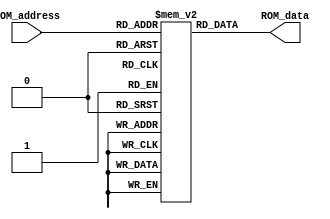
`timescale 1ns / 1ps

module ROM(ROM_address,
			  ROM_data
    );

input [7:0] ROM_address;
output [7:0] ROM_data;

	reg [7:0] Cel [255:0];

		initial begin
	
		Cel[0] = 8'b00000000;
// Calculate Image Full Size
Cel[1] = 8'b00000001;
Cel[2] = 8'b00000000;
Cel[3] = 8'b00001101;
Cel[4] = 8'b10010001;
Cel[5] = 8'b00000100;
Cel[6] = 8'b00000001;
Cel[7] = 8'b00000000;
Cel[8] = 8'b00001110;
Cel[9] = 8'b00001101;
Cel[10] = 8'b00000010;
Cel[11] = 8'b00000000;
Cel[12] = 8'b00000000;
//Image Processing Start
Cel[13] = 8'b00000001;
Cel[14] = 8'b00000000;
Cel[15] = 8'b00000011;
Cel[16] = 8'b00000010;
Cel[17] = 8'b00000000;
Cel[18] = 8'b00000100;
Cel[19] = 8'b00000010;
Cel[20] = 8'b00000000;
Cel[21] = 8'b00000101;
Cel[22] = 8'b00000001;
Cel[23] = 8'b00000000;
Cel[24] = 8'b00001001;
Cel[25] = 8'b00000100;
Cel[26] = 8'b00000001;
Cel[27] = 8'b00000000;
Cel[28] = 8'b00000010;
Cel[29] = 8'b00000101;
Cel[30] = 8'b00000001;
Cel[31] = 8'b00000000;
Cel[32] = 8'b00000011;
Cel[33] = 8'b00001111;
Cel[34] = 8'b00001110;
Cel[35] = 8'b00000010;
Cel[36] = 8'b00000000;
Cel[37] = 8'b00000110;
Cel[38] = 8'b00000001;
Cel[39] = 8'b00000000;
Cel[40] = 8'b00000000;
Cel[41] = 8'b00000100;
Cel[42] = 8'b00000001;
Cel[43] = 8'b00000000;
Cel[44] = 8'b00000011;
Cel[45] = 8'b00001101;
Cel[46] = 8'b00000010;
Cel[47] = 8'b00000000;
Cel[48] = 8'b00000111;
Cel[49] = 8'b00000001;
Cel[50] = 8'b00000000;
Cel[51] = 8'b00000001;
Cel[52] = 8'b00000100;
Cel[53] = 8'b00000001;
Cel[54] = 8'b00000000;
Cel[55] = 8'b00000111;
Cel[56] = 8'b00001110;
Cel[57] = 8'b00001110;
Cel[58] = 8'b00000010;
Cel[59] = 8'b00000000;
Cel[60] = 8'b00001000;

//Start Of First Loop

Cel[61] = 8'b00001000;
Cel[62] = 8'b00000000;
Cel[63] = 8'b00000101;
Cel[64] = 8'b00001010;
Cel[65] = 8'b00000100;
Cel[66] = 8'b00000001;
Cel[67] = 8'b00000000;
Cel[68] = 8'b00000101;
Cel[69] = 8'b00001100;
Cel[70] = 8'b00000010;
Cel[71] = 8'b00000000;
Cel[72] = 8'b00000101;
Cel[73] = 8'b00001000;
Cel[74] = 8'b00000000;
Cel[75] = 8'b00000101;
Cel[76] = 8'b00001011;
Cel[77] = 8'b00001101;
Cel[78] = 8'b00000100;
Cel[79] = 8'b00000001;
Cel[80] = 8'b00000000;
Cel[81] = 8'b00000101;
Cel[82] = 8'b00001100;
Cel[83] = 8'b00000010;
Cel[84] = 8'b00000000;
Cel[85] = 8'b00000101;
Cel[86] = 8'b00001000;
Cel[87] = 8'b00000000;
Cel[88] = 8'b00000101;
Cel[89] = 8'b00001010;
Cel[90] = 8'b00001101;
Cel[91] = 8'b00001001;
Cel[92] = 8'b00000000;
Cel[93] = 8'b00000100;
Cel[94] = 8'b00000001;
Cel[95] = 8'b00000000;
Cel[96] = 8'b00000100;
Cel[97] = 8'b00001100;
Cel[98] = 8'b00000010;
Cel[99] = 8'b00000000;
Cel[100] = 8'b00000100;
Cel[101] = 8'b00000010;
Cel[102] = 8'b00000000;
Cel[103] = 8'b00000101;
Cel[104] = 8'b00000100;
Cel[105] = 8'b00000001;
Cel[106] = 8'b00000000;
Cel[107] = 8'b00000110;
Cel[108] = 8'b00001110;
Cel[109] = 8'b00000111;
Cel[110] = 8'b00111101;
//ROW wise
Cel[111] = 8'b00000001;
Cel[112] = 8'b00000000;
Cel[113] = 8'b00000110;
Cel[114] = 8'b00001111;
Cel[115] = 8'b00000010;
Cel[116] = 8'b00000000;
Cel[117] = 8'b00000110;
Cel[118] = 8'b00000001;
Cel[119] = 8'b00000000;
Cel[120] = 8'b00000100;
Cel[121] = 8'b00001100;
Cel[122] = 8'b00001100;
Cel[123] = 8'b00000010;
Cel[124] = 8'b00000000;
Cel[125] = 8'b00000100;
Cel[126] = 8'b00000010;
Cel[127] = 8'b00000000;
Cel[128] = 8'b00000101;
Cel[129] = 8'b00000100;
Cel[130] = 8'b00000001;
Cel[131] = 8'b00000000;
Cel[132] = 8'b00000111;
Cel[133] = 8'b00001110;
Cel[134] = 8'b00000111;
Cel[135] = 8'b00111101;
/*************END of LOOP_1*******************************/
Cel[136] = 8'b00000001;
Cel[137] = 8'b00000000;
Cel[138] = 8'b00000011;
Cel[139] = 8'b00000010;
Cel[140] = 8'b00000000;
Cel[141] = 8'b00000100;
Cel[142] = 8'b00000010;
Cel[143] = 8'b00000000;
Cel[144] = 8'b00000101;
Cel[145] = 8'b00000001;
Cel[146] = 8'b00000000;
Cel[147] = 8'b00001001;
Cel[148] = 8'b00000100;
Cel[149] = 8'b00000001;
Cel[150] = 8'b00000000;
Cel[151] = 8'b00000010;
Cel[152] = 8'b00000101;
Cel[153] = 8'b00000001;
Cel[154] = 8'b00000000;
Cel[155] = 8'b00000011;
Cel[156] = 8'b00001111;
Cel[157] = 8'b00001110;
Cel[158] = 8'b00000010;
Cel[159] = 8'b00000000;
Cel[160] = 8'b00000110;
/**********Start of LOOP_2******************/
Cel[161] = 8'b00001000;
Cel[162] = 8'b00000000;
Cel[163] = 8'b00000101;
Cel[164] = 8'b00001010;
Cel[165] = 8'b00000100;
Cel[166] = 8'b00000001;
Cel[167] = 8'b00000000;
Cel[168] = 8'b00000101;
Cel[169] = 8'b00001111;
Cel[170] = 8'b00000010;
Cel[171] = 8'b00000000;
Cel[172] = 8'b00000101;
Cel[173] = 8'b00001000;
Cel[174] = 8'b00000000;
Cel[175] = 8'b00000101;
Cel[176] = 8'b00001011;
Cel[177] = 8'b00001101;
Cel[178] = 8'b00000100;
Cel[179] = 8'b00000001;
Cel[180] = 8'b00000000;
Cel[181] = 8'b00000101;
Cel[182] = 8'b00001111;
Cel[183] = 8'b00000010;
Cel[184] = 8'b00000000;
Cel[185] = 8'b00000101;
Cel[186] = 8'b00001000;
Cel[187] = 8'b00000000;
Cel[188] = 8'b00000101;
Cel[189] = 8'b00001010;
Cel[190] = 8'b00001101;
Cel[191] = 8'b00001001;
Cel[192] = 8'b00000000;
Cel[193] = 8'b00000100;
Cel[194] = 8'b00000001;
Cel[195] = 8'b00000000;
Cel[196] = 8'b00000100;
Cel[197] = 8'b00001100;
Cel[198] = 8'b00000010;
Cel[199] = 8'b00000000;
Cel[200] = 8'b00000100;
Cel[201] = 8'b00000010;
Cel[202] = 8'b00000000;
Cel[203] = 8'b00000101;
Cel[204] = 8'b00000100;
Cel[205] = 8'b00000001;
Cel[206] = 8'b00000000;
Cel[207] = 8'b00001000;
Cel[208] = 8'b00001110;
Cel[209] = 8'b00000111;
Cel[210] = 8'b10100001;
// Store Image Start Here
Cel[211] = 8'b00000001;
Cel[212] = 8'b00000000;
Cel[213] = 8'b00000111;
Cel[214] = 8'b00001111;
Cel[215] = 8'b00000010;
Cel[216] = 8'b00000000;
Cel[217] = 8'b00001010;
Cel[218] = 8'b00000010;
Cel[219] = 8'b00000000;
Cel[220] = 8'b00001011;
Cel[221] = 8'b00000001;
Cel[222] = 8'b00000000;
Cel[223] = 8'b00000011;
Cel[224] = 8'b00000010;
Cel[225] = 8'b00000000;
Cel[226] = 8'b00000100;
Cel[227] = 8'b00000010;
Cel[228] = 8'b00000000;
Cel[229] = 8'b00000101;
Cel[230] = 8'b00000001;
Cel[231] = 8'b00000000;
Cel[232] = 8'b00001001;
Cel[233] = 8'b00001011;
Cel[234] = 8'b00000100;
Cel[235] = 8'b00000001;
Cel[236] = 8'b00000000;
Cel[237] = 8'b00000011;
Cel[238] = 8'b00001111;
Cel[239] = 8'b00001110;
Cel[240] = 8'b00000010;
Cel[241] = 8'b00000000;
Cel[242] = 8'b00000110;
		//End of Process
		Cel[243] = 8'b10101010;

	end
	
assign ROM_data =Cel[ROM_address];

endmodule